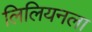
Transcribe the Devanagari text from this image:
लिलियनला